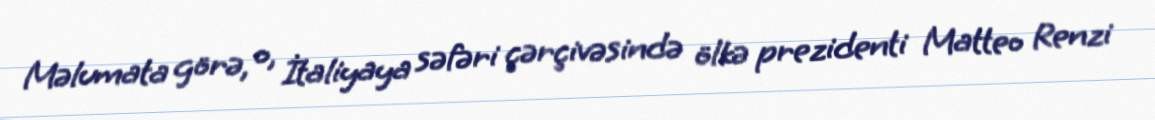
Məlumata görə, o, İtaliyaya səfəri çərçivəsində ölkə prezidenti Matteo Renzi